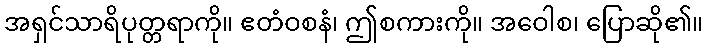
အရှင်သာရိပုတ္တရာကို။ ဧတံဝစနံ၊ ဤစကားကို။ အဝေါစ၊ ပြောဆို၏။